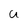
Character: U